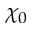
\chi _ { 0 }